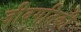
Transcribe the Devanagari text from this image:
जीवगतिकी